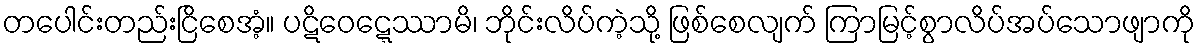
တပေါင်းတည်းငြိစေအံ့။ ပဋိဝေဋ္ဋေဿာမိ၊ ဘိုင်းလိပ်ကဲ့သို့ ဖြစ်စေလျက် ကြာမြင့်စွာလိပ်အပ်သောဖျာကို